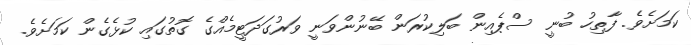
ކަމަށެވެ. ފާތިހު ބުނީ ސްޕެއިން ބަލިކުރަން ބޭނުންވަނީ ވަރުގަދަޓީމެއްގެ ގޮތުގައި ކުޅެގެން ކަމަށެވެ.